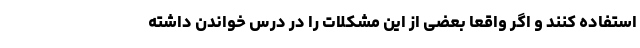
استفاده کنند و اگر واقعا بعضی از این مشکلات را در درس خواندن داشته